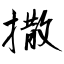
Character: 撒